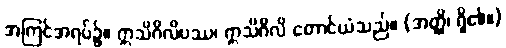
အကြင်အရပ်၌။ ဣသိဂိလိပဿ၊ ဣသိဂိလိ တောင်ယံသည်။ (အတ္ထိ၊ ရှိ၏။)